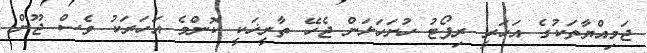
ޖަމިއްޔާތަކުގެ އަހަރީ ރިޕޯޓު ހުށަހަޅަން ޖެހޭ ތާރީޚަކީ ކޮންމެ އަހަރަކު ވެސް ޖޫން